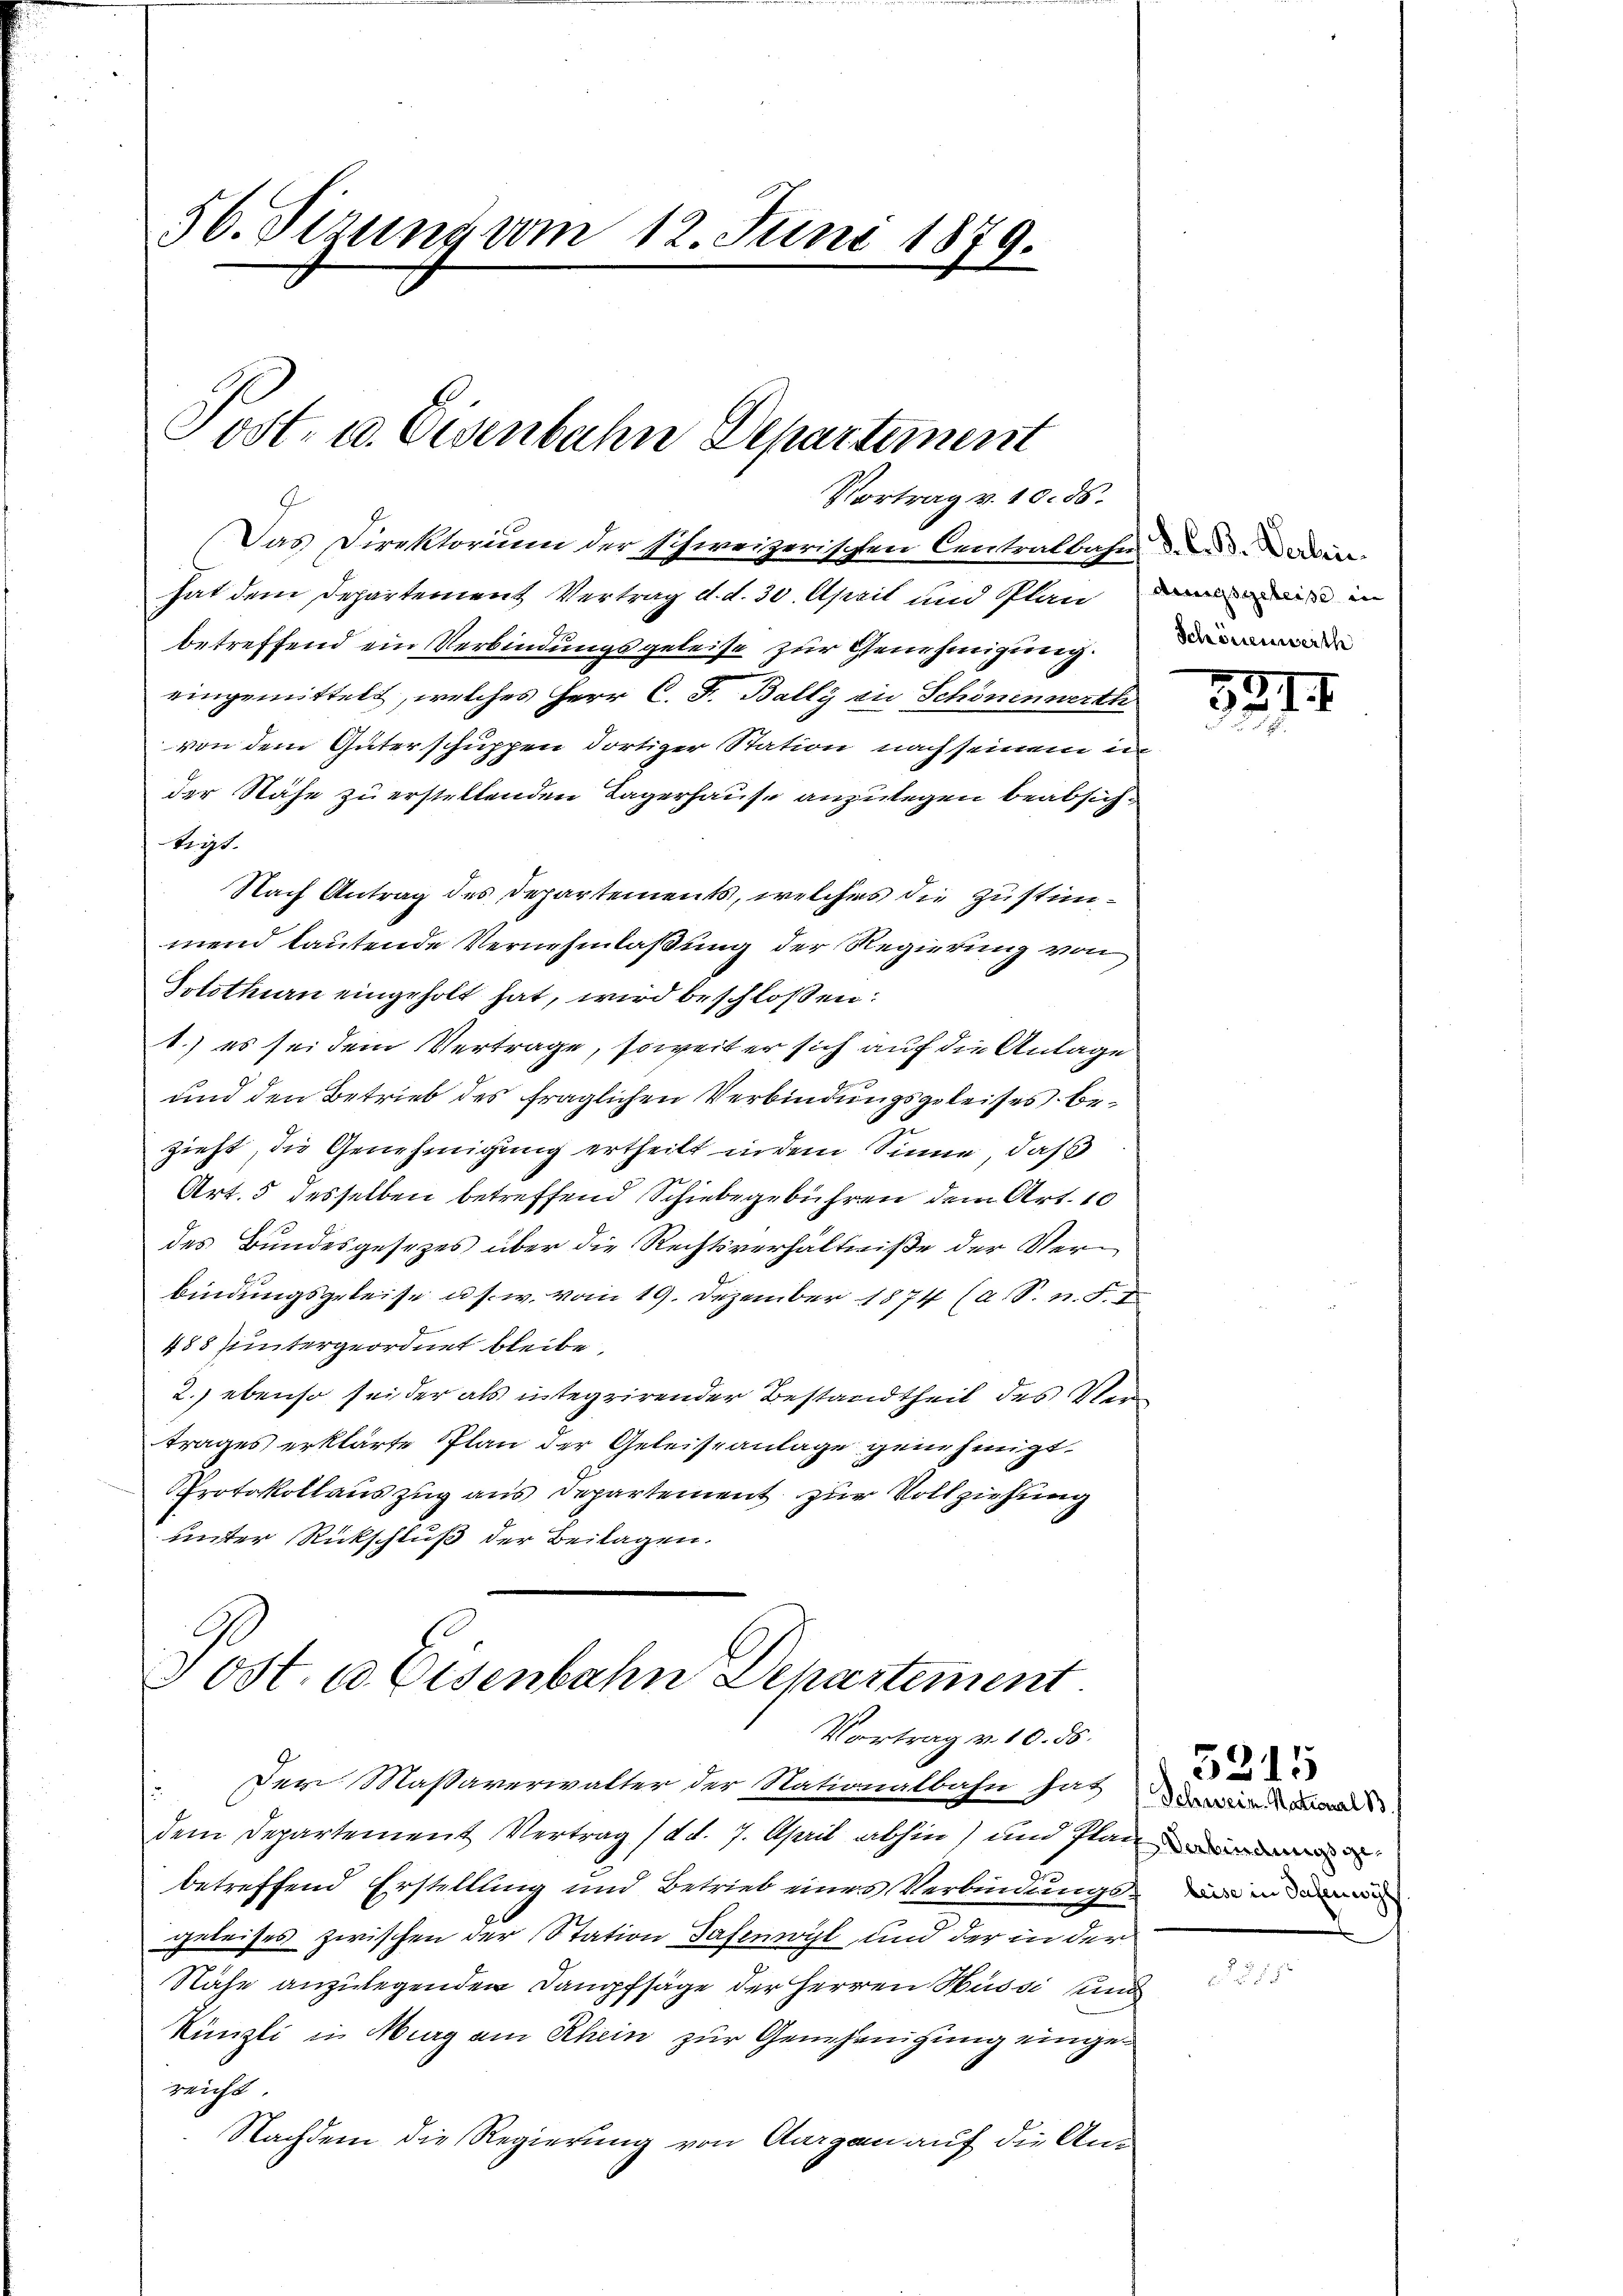
56. Sizung vom 12. Juni 1879.
2
2
l

ost- u. Eisenbahn Departement
Vortrag v. 10. ds.

Das Direktorium der schweizerischen Centralbahnen ein
hat dem Departement Vertrag d. d. 30. April und Plan
betreffend ein Verbindungsgeleise zur Genehmigung.
eingemittelt, welches Herr C. F. Bally in Schönenwerth
von dem Güterschuppen dortiger Station nach seinem in
der Nähe zu erstellenden Lagerhause anzulegen beabsichtigt.
Nach Antrag des Departements, welches die Zustimmend lautende Vernehmlaßung der Regierung von
Solothurn eingeholt hat, wird beschloßen:
1.) es sei dem Vertrage, soweit er sich auf die Anlage
und den Betrieb des fraglichen Verbindungsgeleises bezieht, die Genehmigung ertheilt in dem Sinne, daß
Art. 5 desselben betreffend Schiebe gebühren dem Art. 10
des Bundesgesezes über die Rechtsverhältniße der Verbindungsgeleise u. s. w. vom 19. Dezember 1874 (a. S. n. F. I
488 untergeordnet bleibe,
2.) ebenso sei der als integrirender Bestandtheil des Ver
trages erklärte Plan der Geleiseanlage genehmigt.
Protokollauszug aus Departement zur Vollziehung
unter Rückschluß der Beilagen.
Post. a Eisenbahn Departement
Vortrag v. 10. ds.
Der Massaverwalter der Nationalbahn hat
dem Departement Vertrag (d. d. 7. April abhin) und Plai
6
betreffend Erstellung und Betrieb eines Verbindungsgeleises zwischen der Station Safenwyl, und der in der
Nähe anzulegenden Dampfsäge der Herren Hussi und
Künzli in Murg am Rhein zur Genehmigung eingereicht.
Nachdem die Regierung von Aargau auf die An¬

Armassgeleise in
Schönenwerth

337
d

3215
Schwein. National B.
Verbindungsgebeise in Salen wylt